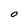
Character: O